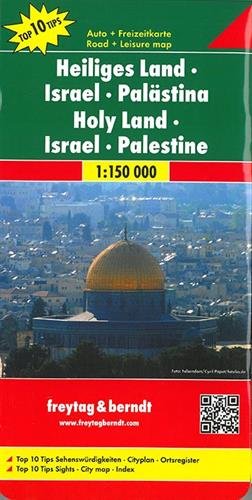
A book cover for Israel, Palastina, Heiliges Land 1:150 000 :... by Freytag, Berndt und Artaria.  Israel, Palastina, Heiliges Land 1:150 000 : Auto + Freizeitkarte ... Heilige Land : auto + vrije tijd kaart; Freytag & Berndt; Travel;